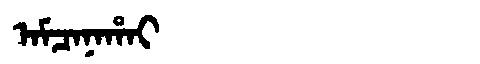
Manchu: ᠠᠮᠴᠠᠨᠠᡥᠠᡳ
Romanization: AMCANAHAI